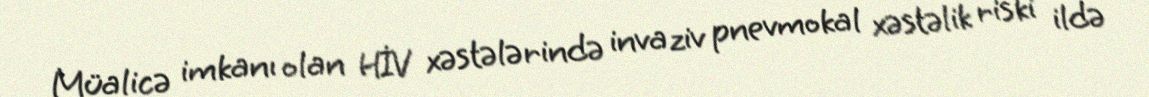
Müalicə imkanı olan HİV xəstələrində invaziv pnevmokal xəstəlik riski ildə